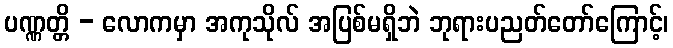
ပဏ္ဏတ္တိ - လောကမှာ အကုသိုလ် အပြစ်မရှိဘဲ ဘုရားပညတ်တော်ကြောင့်၊